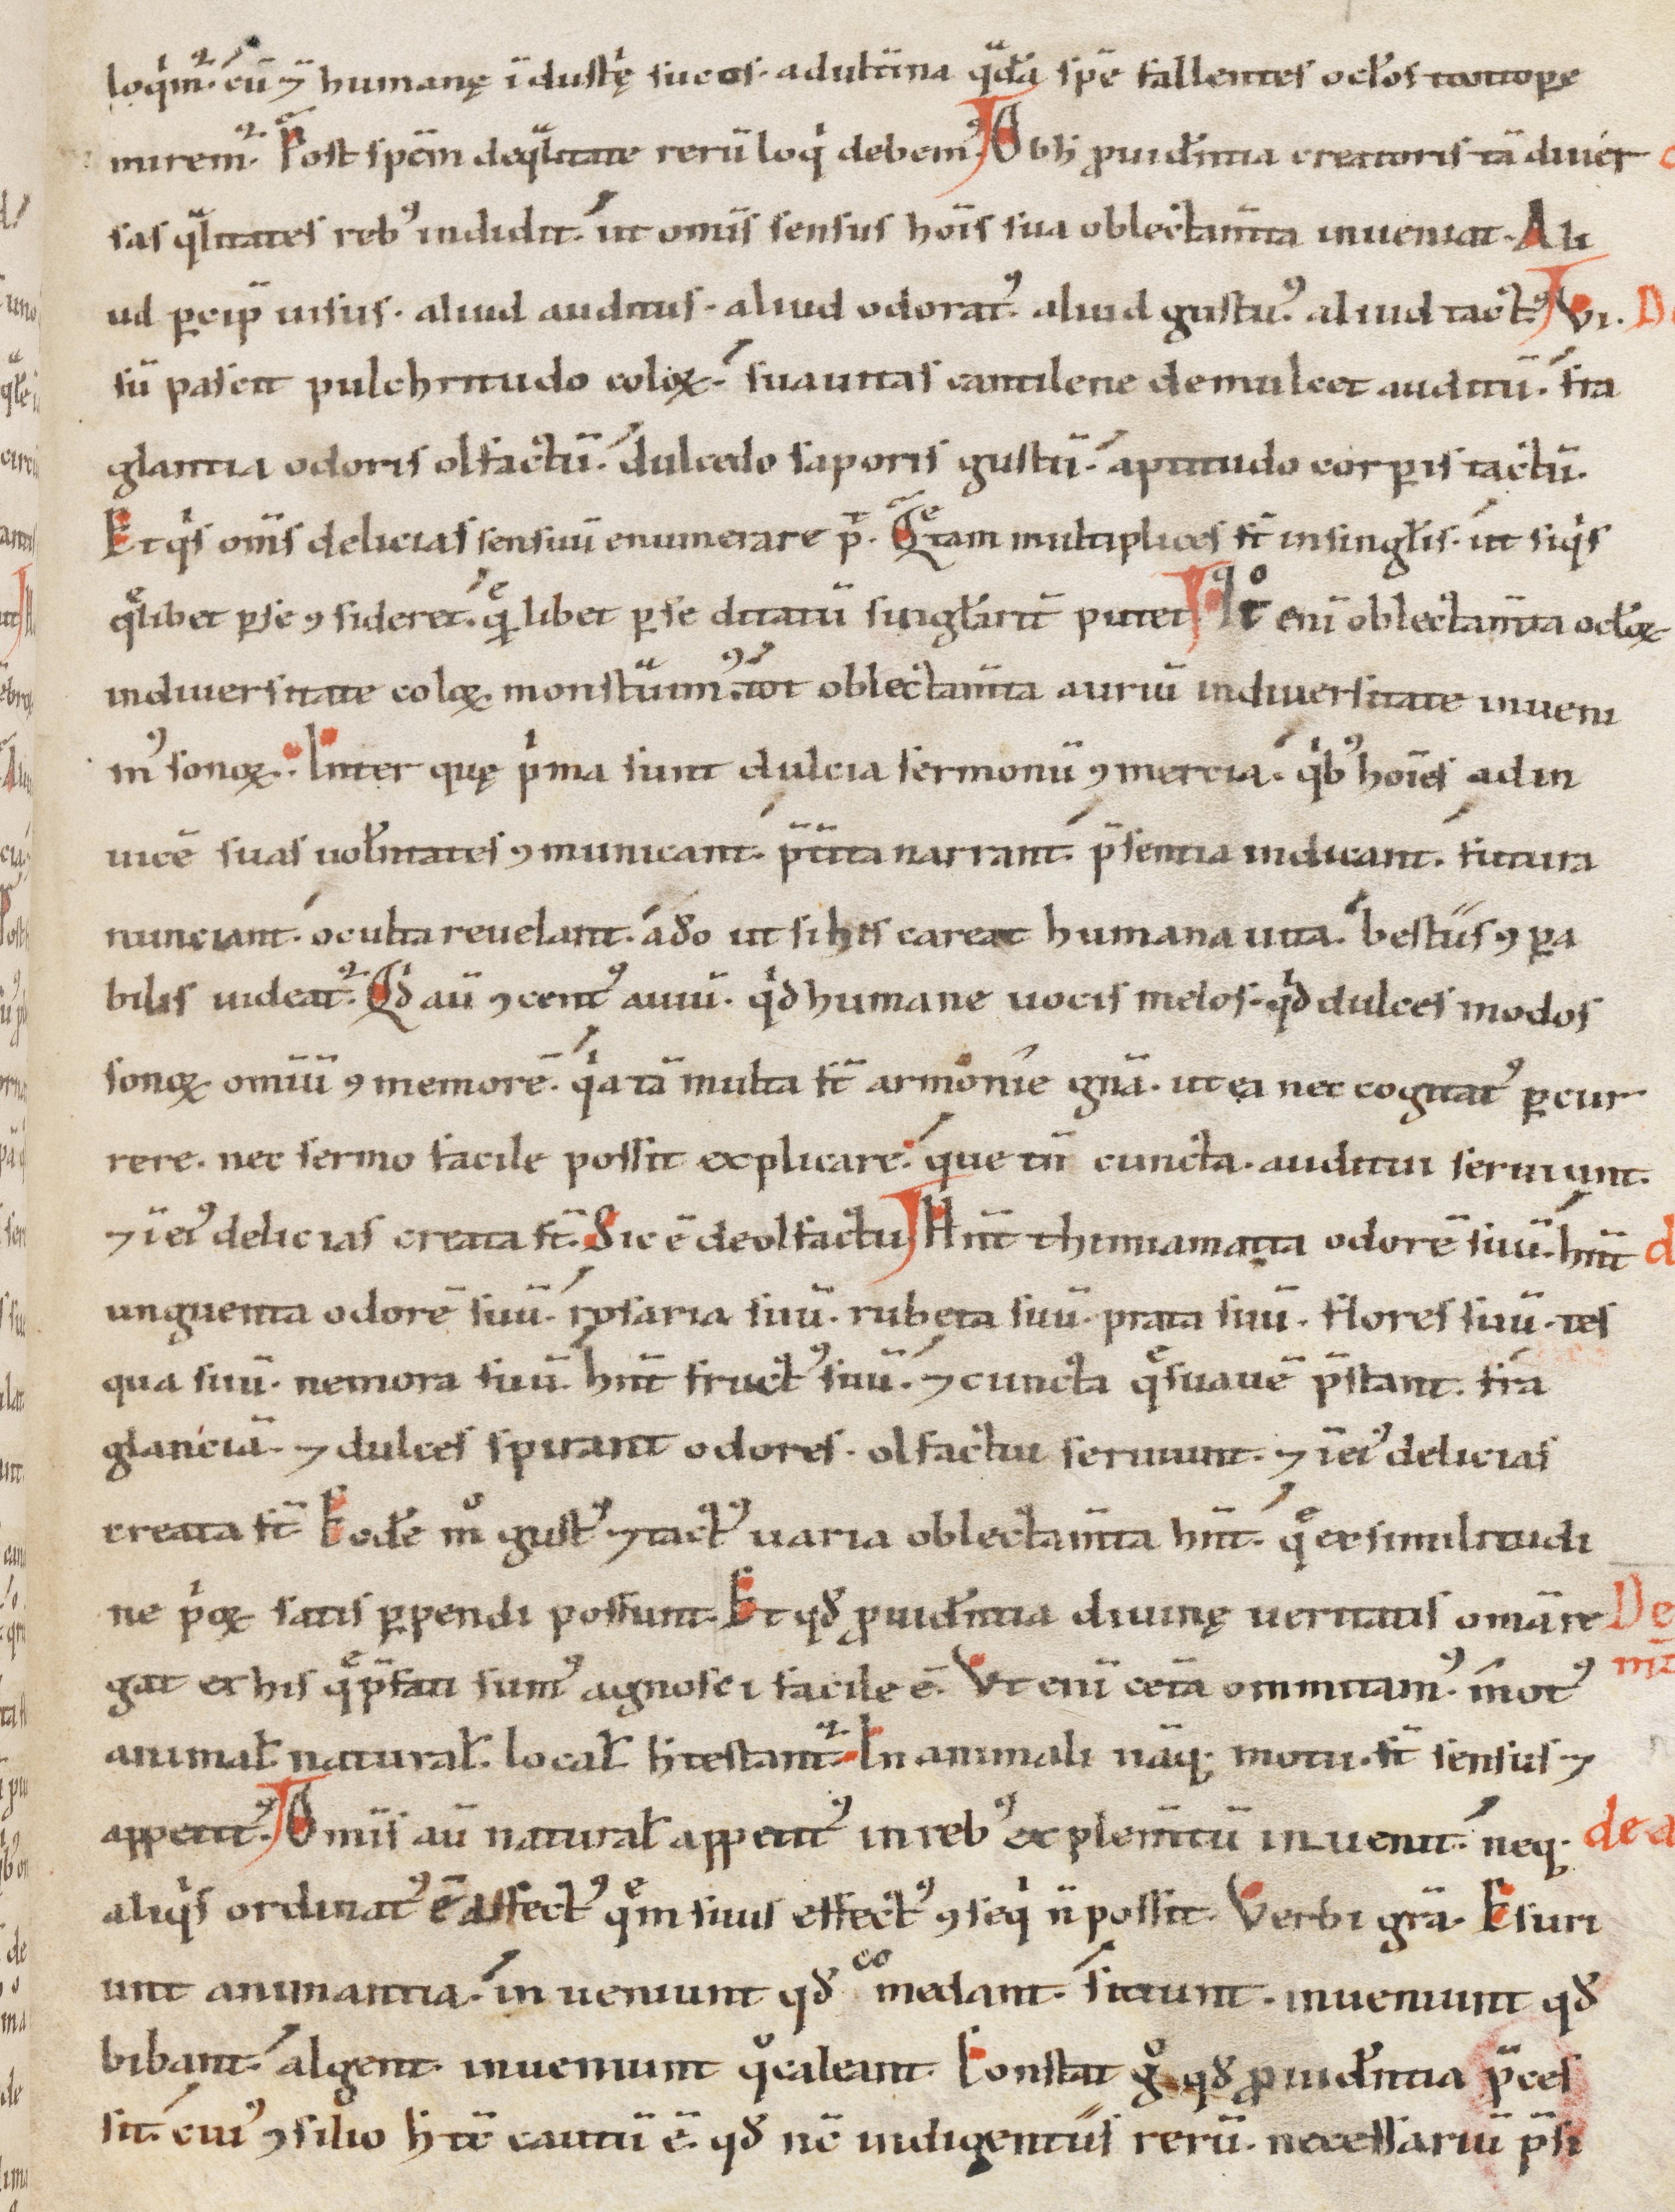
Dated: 1100–1199